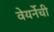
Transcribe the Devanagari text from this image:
वेयर्नेची